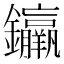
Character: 𨰠